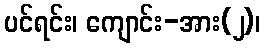
ပင်ရင်း၊ ကျောင်း-အား(၂)၊